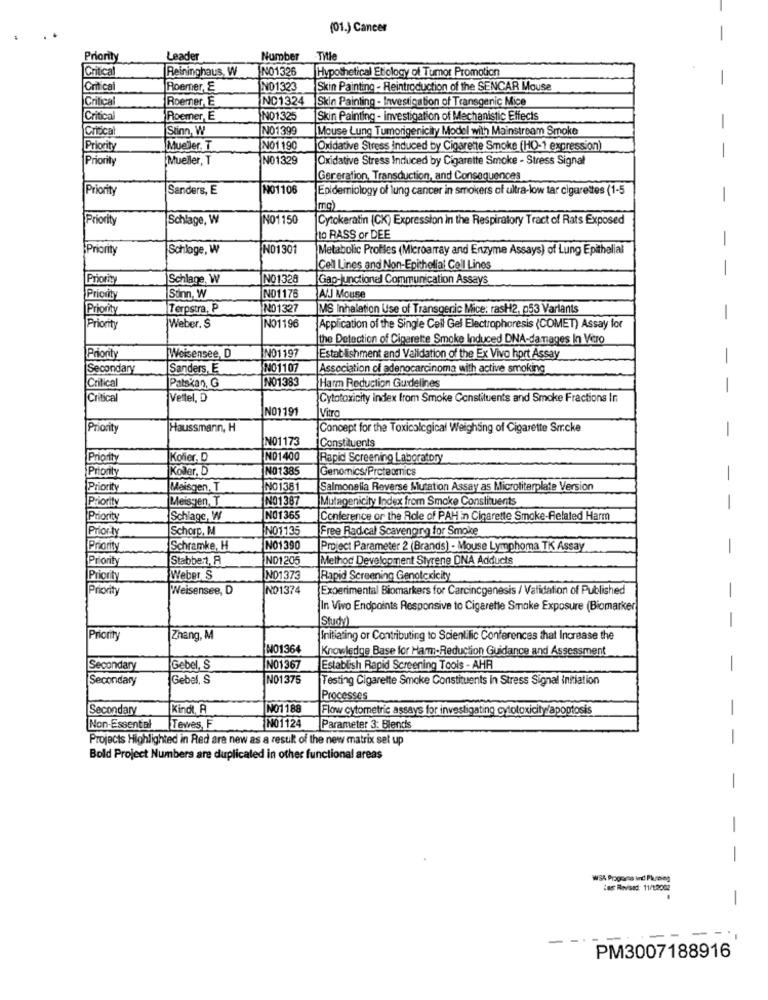
(01.) Cancer
-
Priority
Leader
Number
Title
Critica
Reininghaus, W
NO1326
Hypothetical Etiology of Tumor Promotion
Critical
Roemer, E
NO1323
Skin Painting - Reintroduction of the SENCAR Mouse
Critical
NO1324
Skin Painting - Investigation of Transgenic Mice
Roemner, E
Critical
Roemer, E
NO1325
Skin Painting - investigation of Mechanistic Effects
Critical
Stinn, W
NO1399
Mouse Lung Tumorigenicity Model with Mainstream Smoke
-
Priority
Mueler, T
NO1190
Oxidative Stress induced by Cigarette Smoke (HO-1 expression)
Priority
Mueller, T
NO1329
Oxidative Stress Induced by Cigarette Smoke - Stress Signal
Gereration, Transduction, and Consequences
Priority
Sanders, E
NO1106
Epidemiology of lung cancer in smokers of ultra-low tar cigarettes (1-5
-
mg)
Priority
Schlage, W
NO1150
Cytokeratin (CK) Expression in the Respiratory Tract of Rats Exposed
o RASS or DEE
-
Priority
Schlage, W
N01301
Metabolic Profiles (Microarray and Enzyme Assays) of Lung Epithelial
Cell Lines and Non-Epithelial Cell Lines
-
Priority
Schlage, W
NO1328
Gap-Junctionel Communication Assays
Priority
Stinn, W
NO1176
AIJ Mouse
Priority
Terpstra, P
NO1327
MS Inhalation Use of Transgenic Mice: rasH2, 053 Varlants
-
Priority
Weber. S
NO1196
Application of the Single Cell Gel Electrophoresis (COMET) Assay for
the Detection of Cigarette Smoke Induced DNA-damages In Vitro
NO1197
Priority
Weisensee, D
Establishment and Validation of the Ex Vivo hort Assay
Secondary
Sanders, E
NO1107
Association of adenocarcinoma with active smoking
-
Critical
NO1383
Patskan, G
Harm Reduction Guidelines
-
Critical
Veltel, D
Cytotoxicity index from Smoke Constituents and Smoke Fractions In
NO1191
Vitra
Priority
Haussmann, H
Concept for the Toxicological Weighting of Cigarette Smcke
-
NO1173
Constituents
Priority
Kofier,
NO1400
Rapid Screening Laboratory
Priority
Koller, D
NO1385
Genomics/Proteomics
-
Priority
Maisgen, T
NO1381
Salmonella Reverse Mutation Assay as Microliterplate Version
Priority
Meisgen, T
NO1387
|Mutagenicity Index from Smoke Constituents
-
Priority
Schlage, W
NO1365
Conference or the Role of PAH in Cigarette Smoke-Related Harm
Priority
Schorc, M
NO1135
Free Radical Scavenging for Smoke
[Priority
Schramke, H
NO1390
Project Parameter 2 (Brands) - Mouse Lymphoma TK Assay
-
Priority
Stabber, A
NO1205
Method Development Styrene DNA Adducts
Priority
Weber S
NO1373
Rapid Screening Genotoxicity
Priority
Weisensee, D
NO1374
Experimental Biomarkers for Carcincgenesis / Validation of Published
-
In Vivo Endpoints Responsive to Cigarette Smoke Exposure (Biomarker
[Study)
-
Priority
Zhang, M
Initiating or Contributing to Scientific Conferences that Increase the
WO1364
Knowledge Base for Harm-Reduction Guidance and Assessment
Secondary
Gebel, S
NO1367
Establish Rapid Screening Toois - AHR
-
Secondary
Gebel, S
N01375
Testing Cigarette Smoke Constituents In Stress Signal Initiation
Processes
Secondary
Kindl, R
NO1188
Flow cytometric assays for investigating cytotoxicity/apoptosis
-
NO1124
Non-Essental
Tewes, F
Parameter 3: Blends
Projects Highlighted in Red are new as a result of the new matrix set up
-
Bold Project Numbers are duplicated in other functional areas
-
-
-
Las Revised: 11/12002
-
-
- -..
PM3007188916